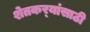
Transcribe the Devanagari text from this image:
शेतकर्‍यांसाठी